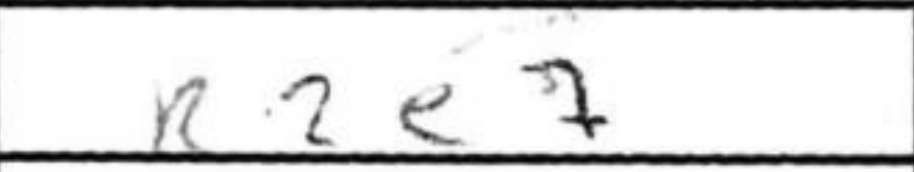
Transcription: R2e7